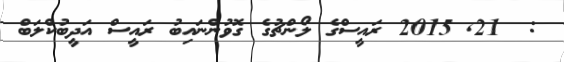
:  21